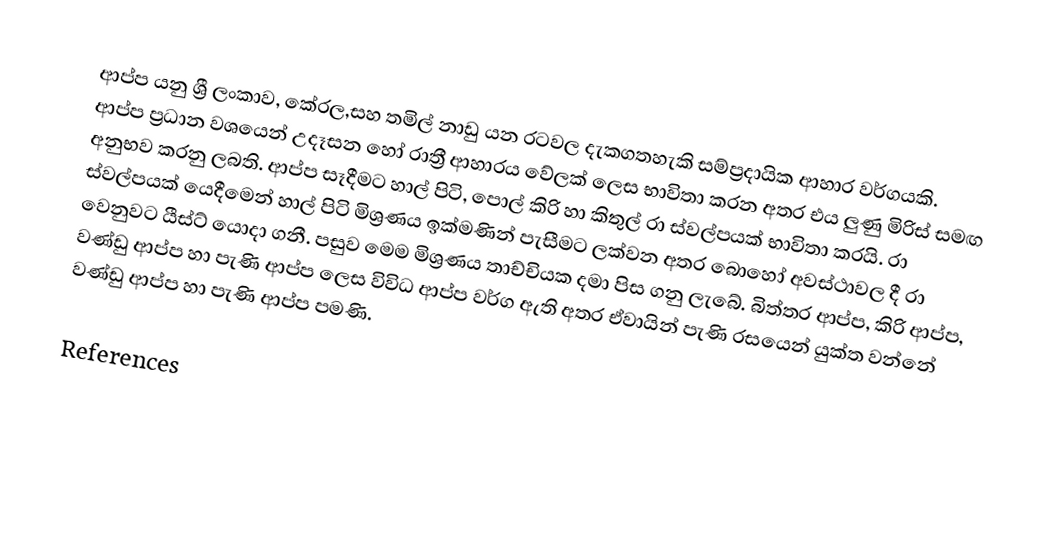
ආප්ප යනු ශ්‍රී ලංකාව, කේරල,සහ තමිල් නාඩු යන රටවල දැකගතහැකි සම්ප්‍රදායික ආහාර වර්ගයකි. ආප්ප ප්‍රධාන වශයෙන් උදෑසන හෝ රාත්‍රී ආහාරය වේලක් ලෙස භාවිතා කරන අතර එය ලුණු මිරිස් සමඟ අනුභව කරනු ලබති. ආප්ප සෑදීමට හාල් පිටි, පොල් කිරි හා කිතුල් රා ස්වල්පයක් භාවිතා කරයි. රා ස්වල්පයක් යෙදීමෙන් හාල් පිටි මිශ්‍රණය ඉක්මණින් පැසීමට ලක්වන අතර බොහෝ අවස්ථාවල දී රා වෙනුවට යීස්ට් යොදා ගනී. පසුව මෙම මිශ්‍රණය තාච්චියක දමා පිස ගනු ලැබේ. බිත්තර ආප්ප, කිරි ආප්ප, වණ්ඩු ආප්ප හා පැණි ආප්ප ලෙස විවිධ ආප්ප වර්ග ඇති අතර ඒවායින් පැණි රසයෙන් යුක්ත වන්නේ වණ්ඩු ආප්ප හා පැණි ආප්ප පමණි.

References